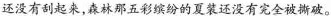
还没有刮起来，森林那五彩缤纷的夏装还没有完全被撕破。